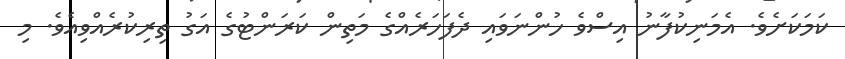
ކަމަކަށެވެ. އެމަނިކުފާނު އިސްވެ ހުންނަވައި ދެފަހަރެއްގެ މަތިން ކަރަންޓުގެ އަގު ތިރިކުރެއްވިއެވެ. މި